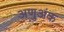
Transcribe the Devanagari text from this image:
अणुअंक